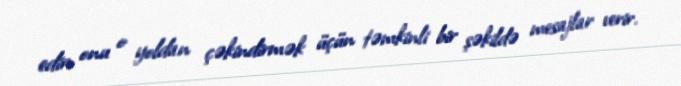
edir, onu o yoldan çəkindirmək üçün təmkinli bir şəkildə mesajlar verir.